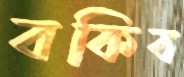
বকিব